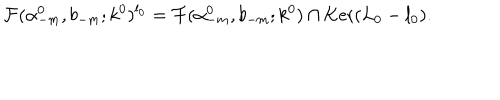
{ \cal F } ( \alpha _ { - m } ^ { 0 } , b _ { - m } ; k ^ { 0 } ) ^ { l _ { 0 } } = { \cal F } ( \alpha _ { - m } ^ { 0 } , b _ { - m } ; k ^ { 0 } ) \cap \mathrm { K e r } ( L _ { 0 } - l _ { 0 } ) .